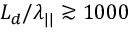
L _ { d } / \lambda _ { | | } \gtrsim 1 0 0 0